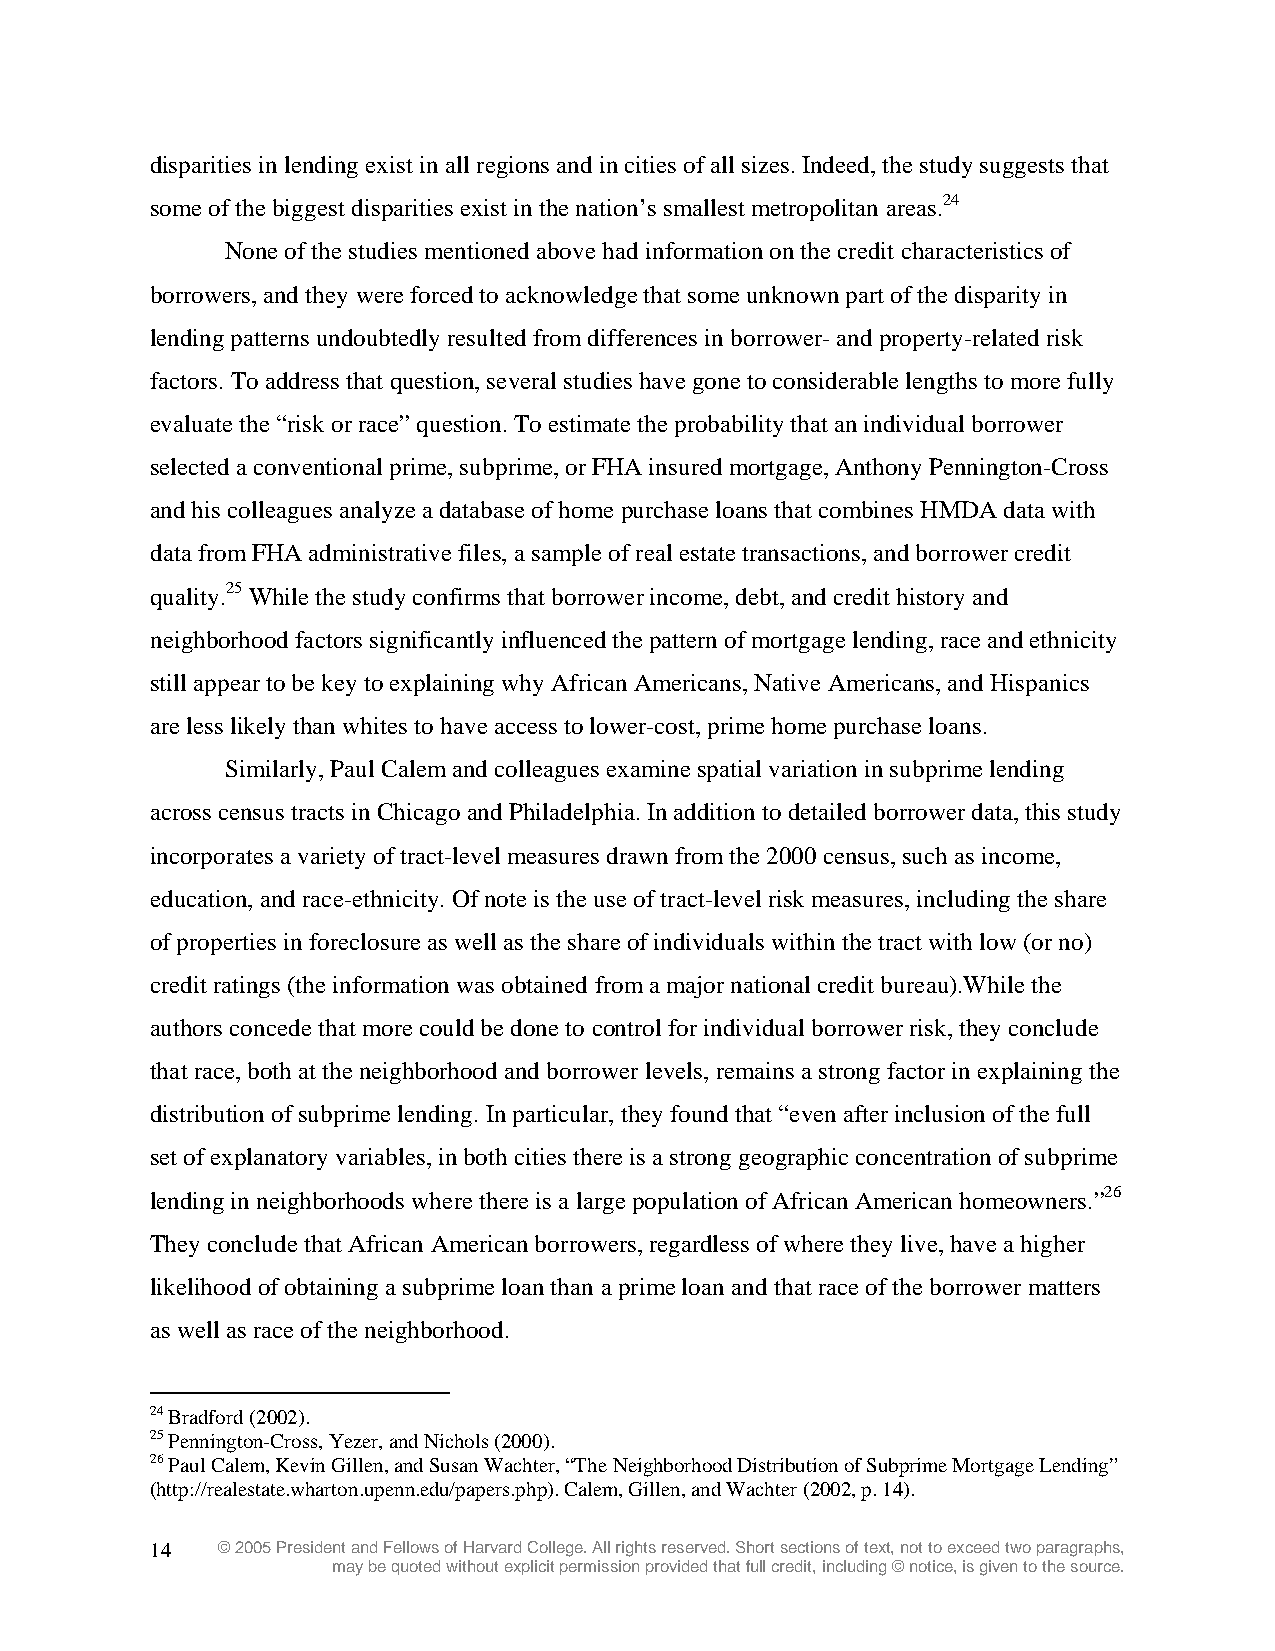
disparities in lending exist in all regions and in cities of all sizes. Indeed, the study suggests that
 some of the biggest disparities exist in the nation’s smallest metropolitan areas.24
 None of the studies mentioned above had information on the credit characteristics of
 borrowers, and they were forced to acknowledge that some unknown part of the disparity in
 lending patterns undoubtedly resulted from differences in borrower- and property-related risk
 factors. To address that question, several studies have gone to considerable lengths to more fully
 evaluate the “risk or race” question. To estimate the probability that an individual borrower
 selected a conventional prime, subprime, or FHA insured mortgage, Anthony Pennington-Cross
 and his colleagues analyze a database of home purchase loans that combines HMDA data with
 data from FHA administrative files, a sample of real estate transactions, and borrower credit
 quality.25 While the study confirms that borrower income, debt, and credit history and
 neighborhood factors significantly influenced the pattern of mortgage lending, race and ethnicity
 still appear to be key to explaining why African Americans, Native Americans, and Hispanics
 are less likely than whites to have access to lower-cost, prime home purchase loans.
 Similarly, Paul Calem and colleagues examine spatial variation in subprime lending
 across census tracts in Chicago and Philadelphia. In addition to detailed borrower data, this study
 incorporates a variety of tract-level measures drawn from the 2000 census, such as income,
 education, and race-ethnicity. Of note is the use of tract-level risk measures, including the share
 of properties in foreclosure as well as the share of individuals within the tract with low (or no)
 credit ratings (the information was obtained from a major national credit bureau).While the
 authors concede that more could be done to control for individual borrower risk, they conclude
 that race, both at the neighborhood and borrower levels, remains a strong factor in explaining the
 distribution of subprime lending. In particular, they found that “even after inclusion of the full
 set of explanatory variables, in both cities there is a strong geographic concentration of subprime
 lending in neighborhoods where there is a large population of African American homeowners.”26
 They conclude that African American borrowers, regardless of where they live, have a higher
 likelihood of obtaining a subprime loan than a prime loan and that race of the borrower matters
 as well as race of the neighborhood.
 24 Bradford (2002).
 25 Pennington-Cross, Yezer, and Nichols (2000).
 26 Paul Calem, Kevin Gillen, and Susan Wachter, “The Neighborhood Distribution of Subprime Mortgage Lending”
 (http://realestate.wharton.upenn.edu/papers.php). Calem, Gillen, and Wachter (2002, p. 14).
 14  © 2005 President and Fellows of Harvard College. All rights reserved. Short sections of text, not to exceed two paragraphs,
 may be quoted without explicit permission provided that full credit, including © notice, is given to the source.